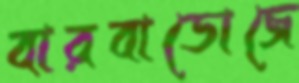
বারবাডোজে